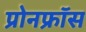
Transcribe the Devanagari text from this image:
प्रोनफ्रॉस